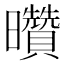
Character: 𰖽